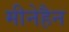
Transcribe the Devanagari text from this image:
मीनेहैन